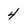
Character: 4